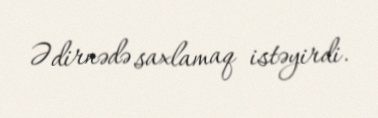
Ədirnədə saxlamaq istəyirdi.